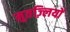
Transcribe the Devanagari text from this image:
मुतज़्लियों